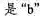
是”b”